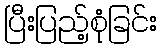
ပြီးပြည့်စုံခြင်း